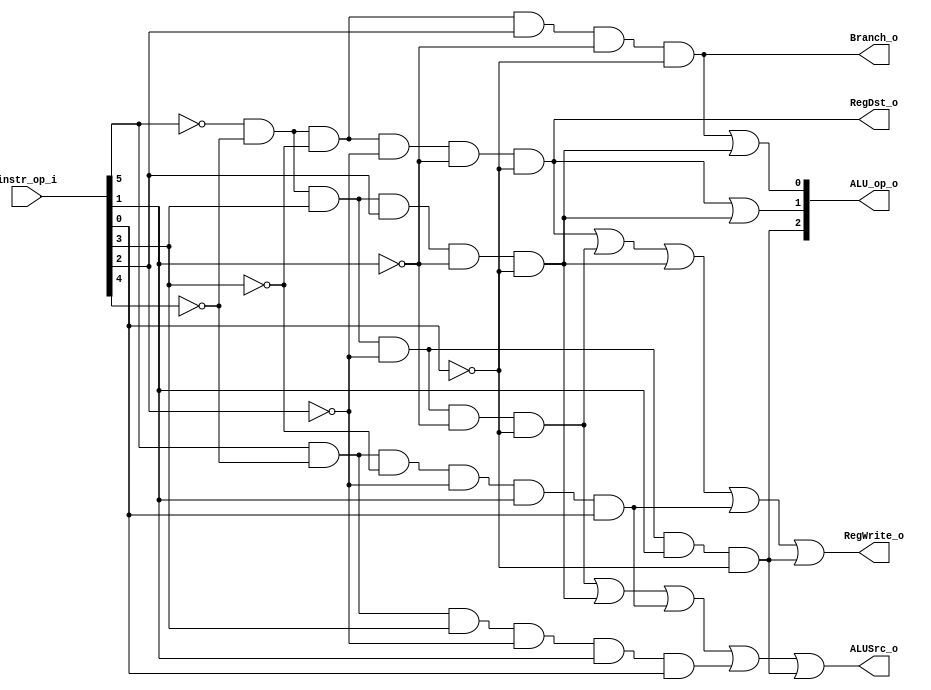
//Subject:     CO project 2 - Decoder
//--------------------------------------------------------------------------------
//Version:     1
//--------------------------------------------------------------------------------
//Writer:      Luke
//----------------------------------------------
//Date:        
//----------------------------------------------
//Description: 
//--------------------------------------------------------------------------------

module Decoder(
    instr_op_i,
	RegWrite_o,
	ALU_op_o,
	ALUSrc_o,
	RegDst_o,
	Branch_o
	);
     
//I/O ports
input  [5:0] instr_op_i;

output         RegWrite_o;
output [2:0] ALU_op_o;
output         ALUSrc_o;
output         RegDst_o;
output         Branch_o;
 
//Internal Signals
wire    [2:0] ALU_op_o;
wire            ALUSrc_o;
wire            RegWrite_o;
wire            RegDst_o;
wire            Branch_o;

	assign RegDst_o=(~instr_op_i [5])&(~instr_op_i [4])&(~instr_op_i [3])&(~instr_op_i [2])&(~instr_op_i [1])&(~instr_op_i [0]);//000000
	assign Branch_o=(~instr_op_i [5])&(~instr_op_i [4])&(~instr_op_i [3])&(instr_op_i [2])&(~instr_op_i [1])&(~instr_op_i [0]);//000100
	assign ALUSrc_o=((~instr_op_i [5])&(~instr_op_i [4])&(instr_op_i [3])&(~instr_op_i [2])&(~instr_op_i [1])&(~instr_op_i [0])) | ((~instr_op_i [5])&(~instr_op_i [4])&(instr_op_i [3])&(instr_op_i [2])&(~instr_op_i [1])&(~instr_op_i [0])) | ((instr_op_i [5])&(~instr_op_i [4])&(~instr_op_i [3])&(~instr_op_i [2])&(instr_op_i [1])&(instr_op_i [0])) | (((instr_op_i [5])&(~instr_op_i [4])&(instr_op_i [3])&(~instr_op_i [2])&(instr_op_i [1])&(instr_op_i [0]))) | ((~instr_op_i [5])&(~instr_op_i [4])&(instr_op_i [3])&(~instr_op_i [2])&(instr_op_i [1])&(~instr_op_i [0])); 
	assign RegWrite_o=(~instr_op_i [5])&(~instr_op_i [4])&(~instr_op_i [3])&(~instr_op_i [2])&(~instr_op_i [1])&(~instr_op_i [0]) | ((~instr_op_i [5])&(~instr_op_i [4])&(instr_op_i [3])&(~instr_op_i [2])&(~instr_op_i [1])&(~instr_op_i [0])) | ((~instr_op_i [5])&(~instr_op_i [4])&(instr_op_i [3])&(instr_op_i [2])&(~instr_op_i [1])&(~instr_op_i [0])) | ((instr_op_i [5])&(~instr_op_i [4])&(~instr_op_i [3])&(~instr_op_i [2])&(instr_op_i [1])&(instr_op_i [0])) |((~instr_op_i [5])&(~instr_op_i [4])&(instr_op_i [3])&(~instr_op_i [2])&(instr_op_i [1])&(~instr_op_i [0]));//000000,001000,001100,100011
	assign ALU_op_o [1]=((~instr_op_i [5])&(~instr_op_i [4])&(~instr_op_i [3])&(~instr_op_i [2])&(~instr_op_i [1])&(~instr_op_i [0]))|((~instr_op_i [5])&(~instr_op_i [4])&(instr_op_i [3])&(instr_op_i [2])&(~instr_op_i [1])&(~instr_op_i [0]));//000000, 001100(andi)
	assign ALU_op_o [0]= ((~instr_op_i [5])&(~instr_op_i [4])&(~instr_op_i [3])&(instr_op_i [2])&(~instr_op_i [1])&(~instr_op_i [0]))|((~instr_op_i [5])&(~instr_op_i [4])&(instr_op_i [3])&(instr_op_i [2])&(~instr_op_i [1])&(~instr_op_i [0]));//000100,001100(andi)
    assign ALU_op_o [2]=((~instr_op_i [5])&(~instr_op_i [4])&(instr_op_i [3])&(~instr_op_i [2])&(instr_op_i [1])&(~instr_op_i [0]));
  



endmodule